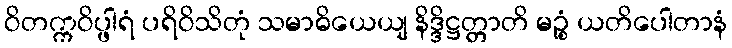
ဝိတက္ကဝိပ္ဖါရံ ပရိဝိသိတုံ သမာဓိယေယျ နိဒ္ဒိဋ္ဌတ္တာတိ မဉ္စံ ယတိပေါတာနံ